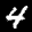
Digit: 4